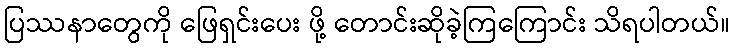
ပြဿနာတွေကို ဖြေရှင်းပေး ဖို့ တောင်းဆိုခဲ့ကြကြောင်း သိရပါတယ်။